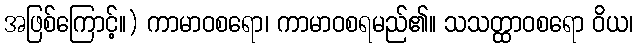
အဖြစ်ကြောင့်။) ကာမာဝစရော၊ ကာမာဝစရမည်၏။ သသတ္ထာဝစရော ဝိယ၊